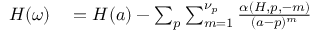
\begin{array} { r } { \begin{array} { r l } { H ( \omega ) } & { { } = H ( a ) - \sum _ { p } \sum _ { m = 1 } ^ { \nu _ { p } } \frac { \alpha ( H , p , - m ) } { ( a - p ) ^ { m } } } \end{array} } \end{array}